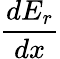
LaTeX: \frac{dE_{r}}{dx}